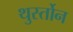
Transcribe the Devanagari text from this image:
थुर्स्तोन